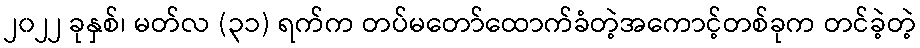
၂၀၂၂ ခုနှစ်၊ မတ်လ (၃၁) ရက်က တပ်မတော်ထောက်ခံတဲ့အကောင့်တစ်ခုက တင်ခဲ့တဲ့